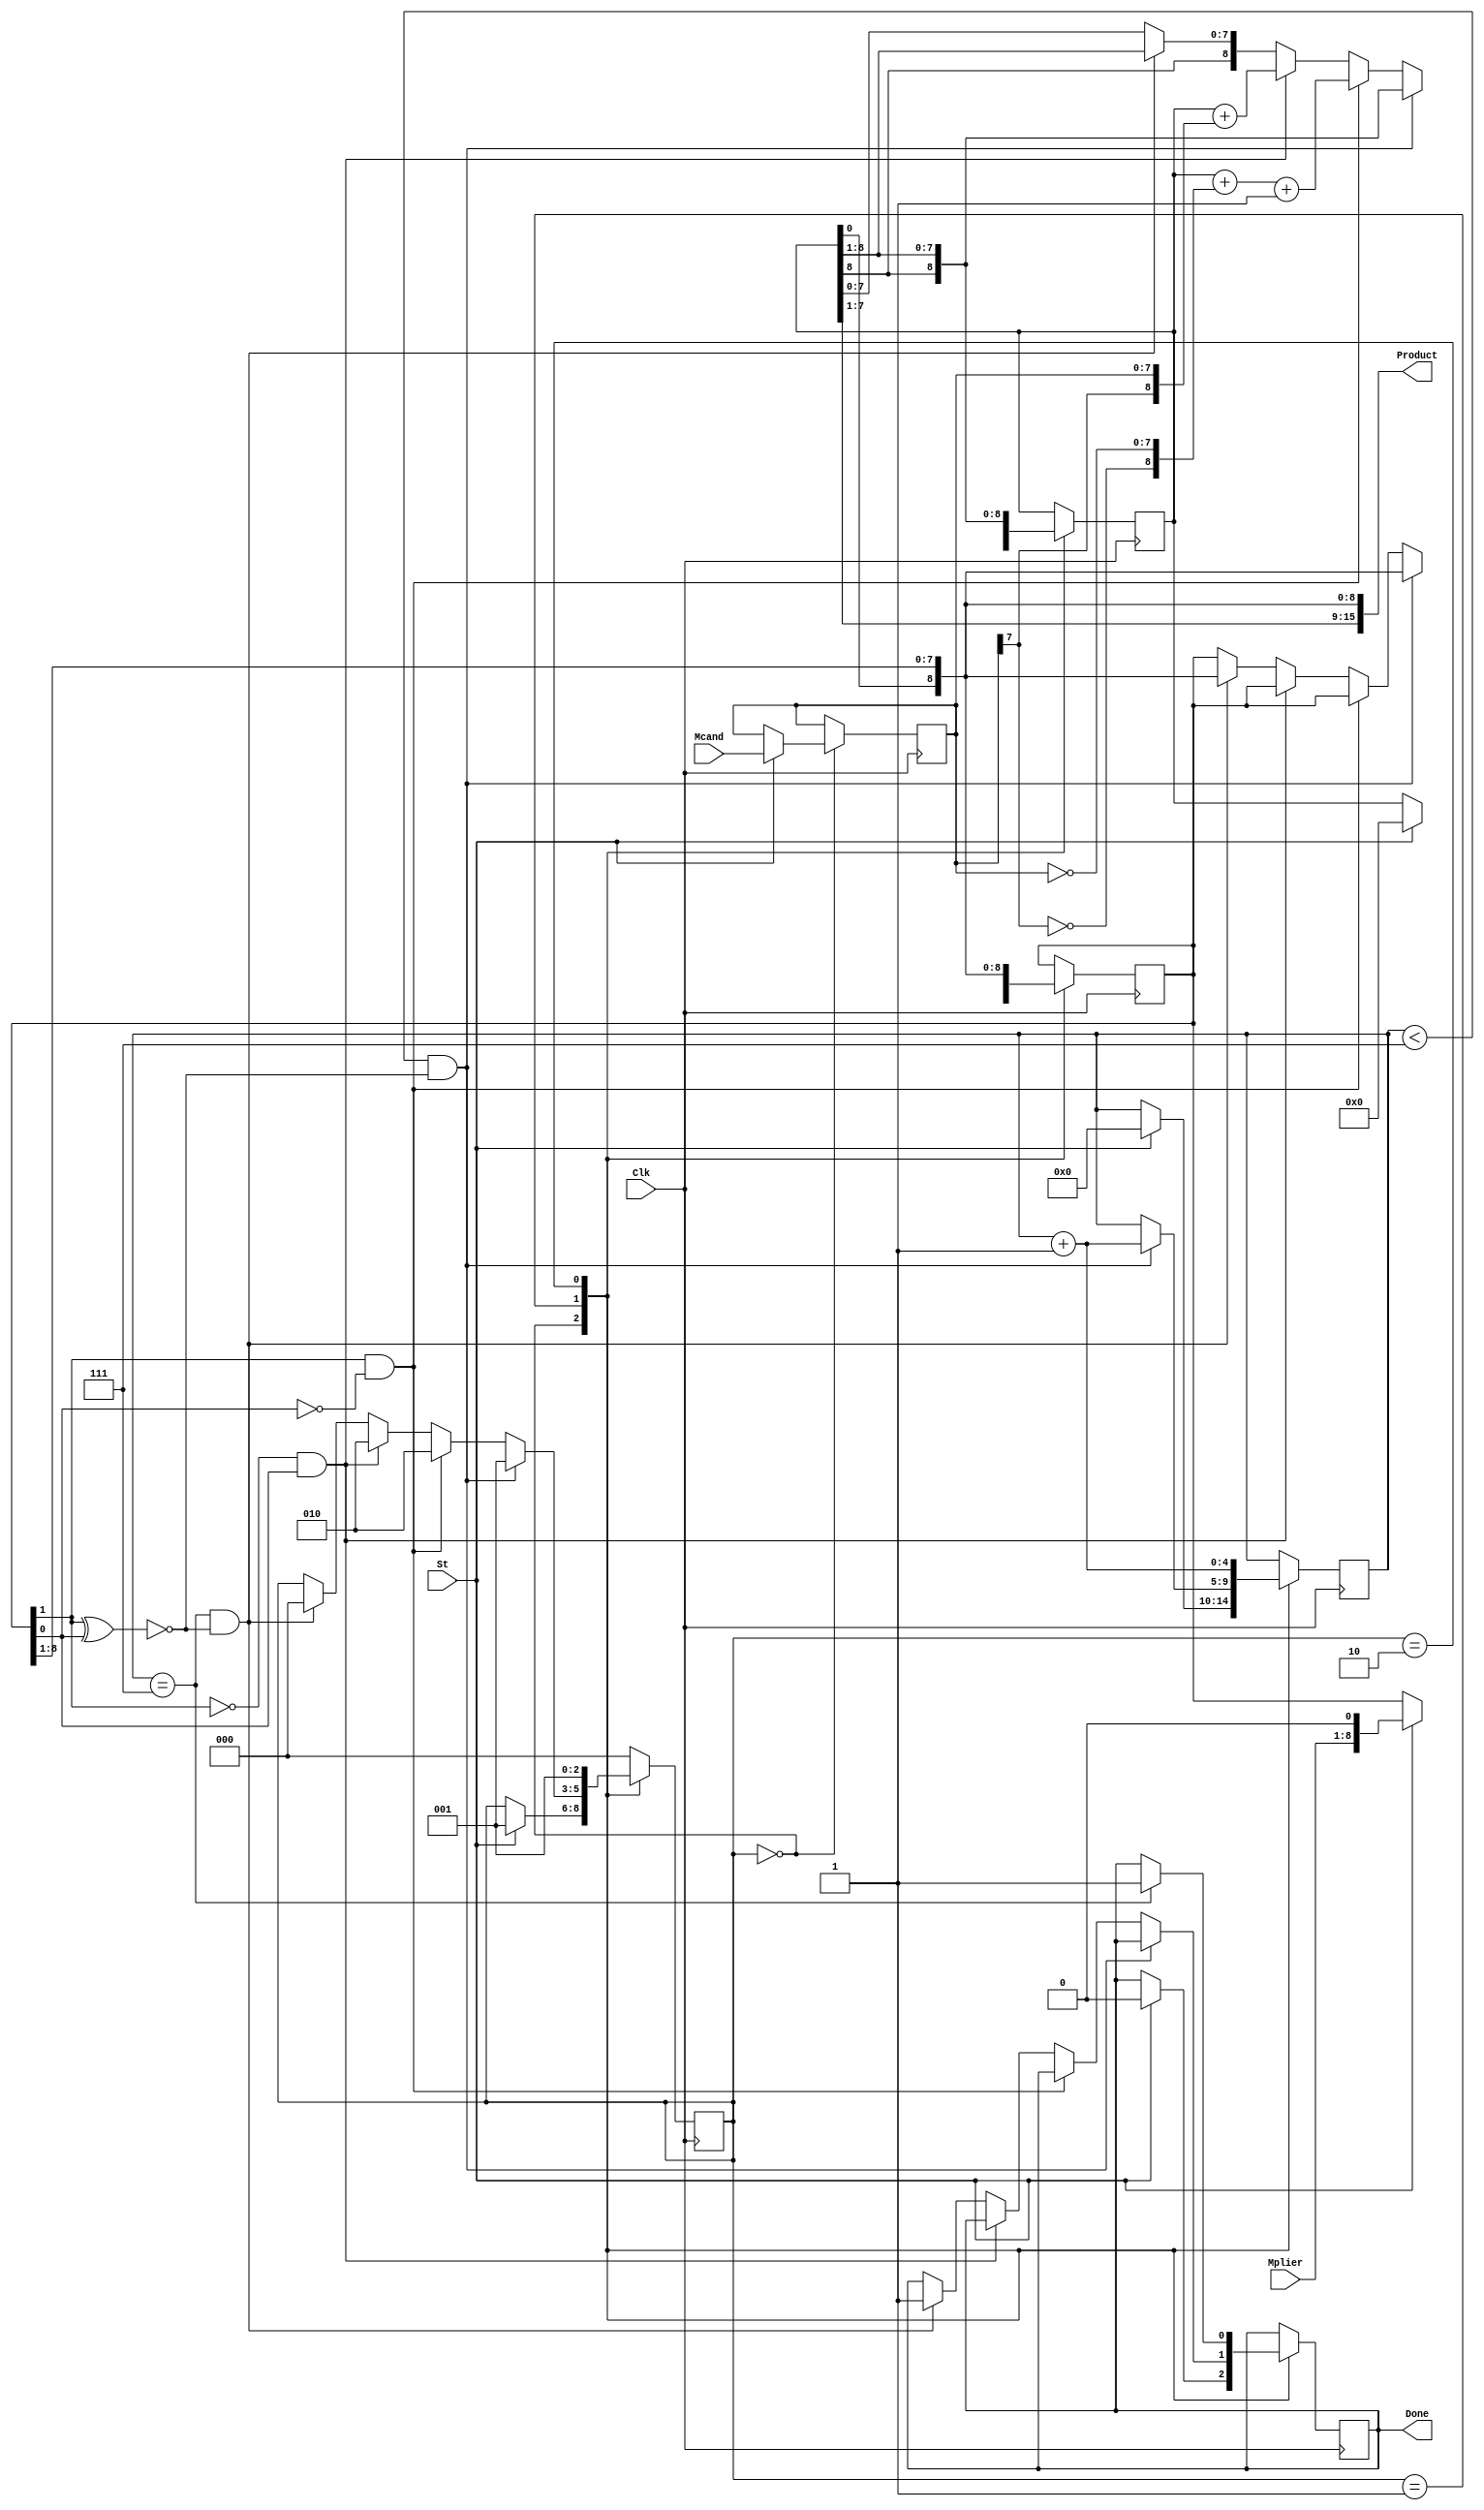
module HW2_multiplier(Clk, St, Mplier, Mcand, Product, Done);
	input Clk, St;
	input [7:0] Mplier;
	input [7:0] Mcand;
	output [15:0] Product;
	output reg Done;
	
	reg [4:0] K;
	reg [2:0] State;
	reg [8:0] A;
	reg [8:0] B;
 	reg [7:0] C;
	reg [8:0] addout;
	initial begin
		State = 0;
		K=0;
		
	end
	
	always@(posedge Clk)
	begin
		case(State)
			0: begin
				if(St==1'b1)
				begin
					A<=9'b000000000;
					B<={Mplier, 1'b0};
					C<=Mcand;
					State<=1;
					K<=0;
					Done<=0;
				end
			  end
			1:begin
				if(K<7 && ~(B[1]^B[0]) )
					begin
					K<=K+1;
					A<={A[8], A[8:1]};
					B<={A[0], B[8:1]};
					State<=1;
					end
				else if(B[1] && (~B[0]))
					begin
					
					addout = A + {~C[7],~C} +1'b1;
					A<={addout[8:0]};
					
					State<=2;
					end
				else if((~B[1]) && B[0])
					begin
					addout = A +{C[7], C} ;
					A<={addout[8:0]};
					
					State<=2;
					end
				else if(K==7 && ~(B[1]^B[0]))
					begin
					A<={A[8], A[8:1]};
					B<={A[0], B[8:1]};
					State<=0;
					Done<=1;
					end
				end
			2:begin
				if(K==7)
				begin
					A<={A[8], A[8:1]};
					B<={A[0], B[8:1]};
					State<=0;
					Done<=1;
				end
				else
					A<={A[8], A[8:1]};
					B<={A[0], B[8:1]};
					State<=1;
					K<=K+1;
			end

			default:
			begin
				State<=0;
			end
		endcase
	end

	assign Product = {A[7:0], B[8:1]};
endmodule